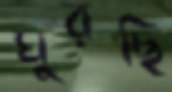
ঘুরছি